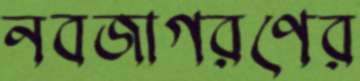
নবজাগরণের